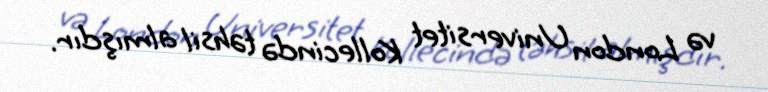
və London Universitet Kollecində təhsil almışdır.